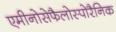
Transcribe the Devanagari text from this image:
एमीनोसेफैलोस्पोरैनिक